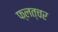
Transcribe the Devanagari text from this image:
फ्लत्चर